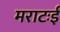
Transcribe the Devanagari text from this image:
मराटःई